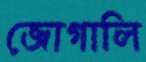
জোগালি